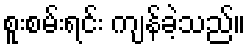
စူးစမ်းရင်း ကျန်ခဲ့သည်။